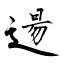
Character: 逿